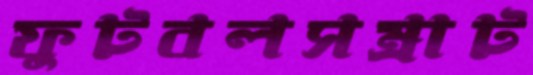
ফুটবলসম্রাট